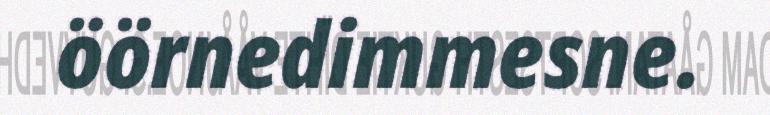
öörnedimmesne.